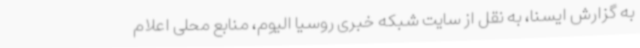
به گزارش ایسنا، به نقل از سایت شبکه خبری روسیا الیوم، منابع محلی اعلام